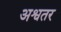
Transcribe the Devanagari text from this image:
अश्वतर